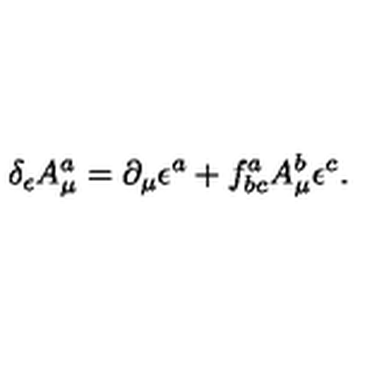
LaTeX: \delta _ { \epsilon } A _ { \mu } ^ { a } = \partial _ { \mu } \epsilon ^ { a } + f _ { b c } ^ { a } A _ { \mu } ^ { b } \epsilon ^ { c } .